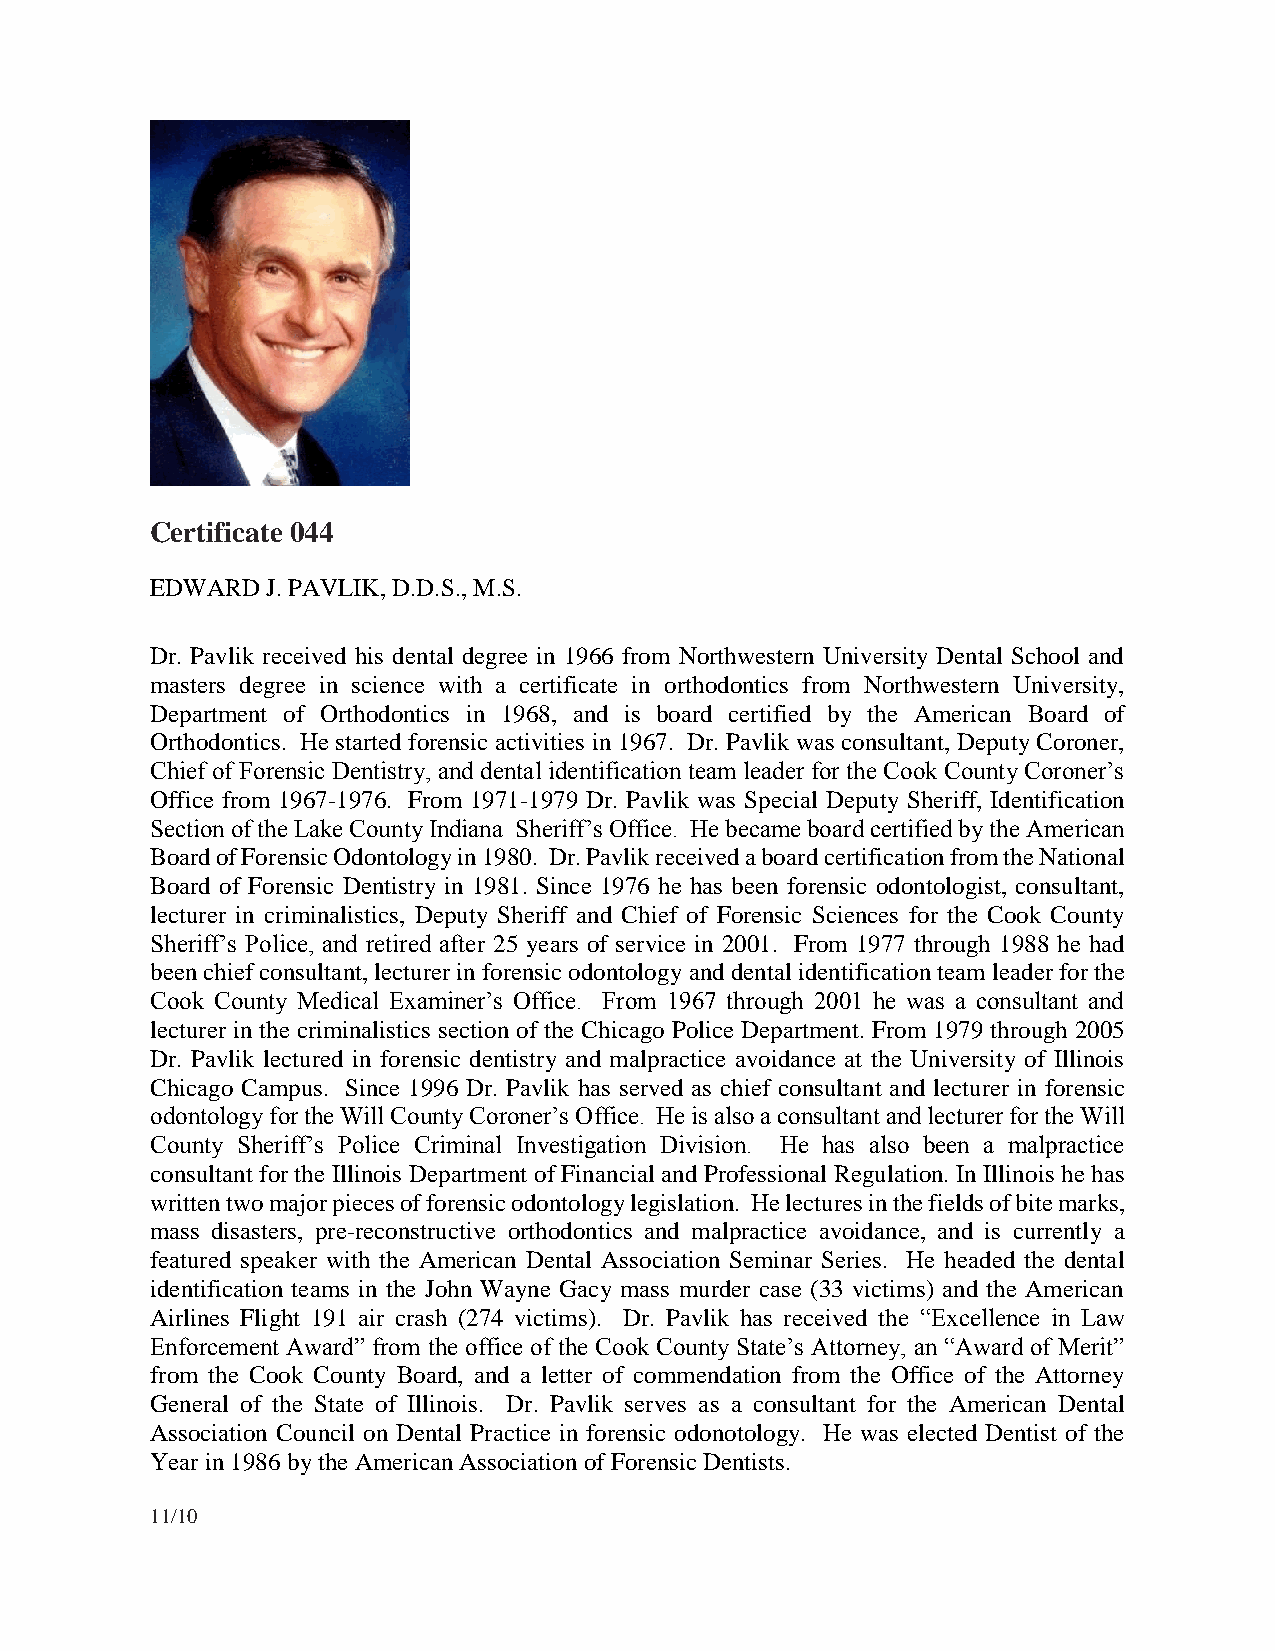
Certificate 044
 EDWARD  J. PAVLIK, D.D.S., M.S.
 Dr. Pavlik received his dental degree in 1966 from Northwestern University Dental School and
 masters degree in science with a certificate in orthodontics from Northwestern University,
 Department of Orthodontics in 1968, and is board certified by the American Board of
 Orthodontics. He started forensic activities in 1967. Dr. Pavlik was consultant, Deputy Coroner,
 Chief of Forensic Dentistry, and dental identification team leader for the Cook County Coroner’s
 Office from 1967-1976. From 1971-1979 Dr. Pavlik was Special Deputy Sheriff, Identification
 Section of the Lake County Indiana Sheriff’s Office. He became board certified by the American
 Board of Forensic Odontology in 1980. Dr. Pavlik received a board certification from the National
 Board of Forensic Dentistry in 1981. Since 1976 he has been forensic odontologist, consultant,
 lecturer in criminalistics, Deputy Sheriff and Chief of Forensic Sciences for the Cook County
 Sheriff’s Police, and retired after 25 years of service in 2001. From 1977 through 1988 he had
 been chief consultant, lecturer in forensic odontology and dental identification team leader for the
 Cook County Medical Examiner’s Office. From 1967 through 2001 he was a consultant and
 lecturer in the criminalistics section of the Chicago Police Department. From 1979 through 2005
 Dr. Pavlik lectured in forensic dentistry and malpractice avoidance at the University of Illinois
 Chicago Campus. Since 1996 Dr. Pavlik has served as chief consultant and lecturer in forensic
 odontology for the Will County Coroner’s Office. He is also a consultant and lecturer for the Will
 County Sheriff’s Police Criminal Investigation Division. He has also been a malpractice
 consultant for the Illinois Department of Financial and Professional Regulation. In Illinois he has
 written two major pieces of forensic odontology legislation. He lectures in the fields of bite marks,
 mass disasters, pre-reconstructive orthodontics and malpractice avoidance, and is currently a
 featured speaker with the American Dental Association Seminar Series. He headed the dental
 identification teams in the John Wayne Gacy mass murder case (33 victims) and the American
 Airlines Flight 191 air crash (274 victims). Dr. Pavlik has received the “Excellence in Law
 Enforcement Award” from the office of the Cook County State’s Attorney, an “Award of Merit”
 from the Cook County Board, and a letter of commendation from the Office of the Attorney
 General of the State of Illinois. Dr. Pavlik serves as a consultant for the American Dental
 Association Council on Dental Practice in forensic odonotology. He was elected Dentist of the
 Year in 1986 by the American Association of Forensic Dentists.
 11/10